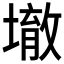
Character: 𱘀